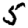
Digit: 5